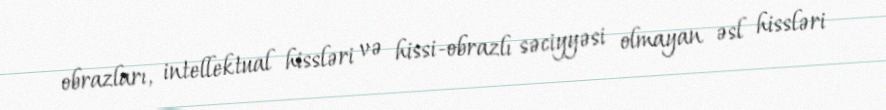
obrazları, intellektual hissləri və hissi-obrazlı səciyyəsi olmayan əsl hissləri